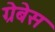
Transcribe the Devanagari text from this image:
ग्रेबेस